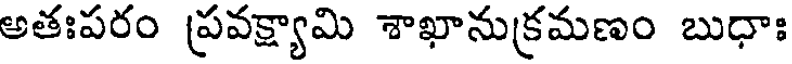
అతఃపరం ప్రవక్ష్యామి శాఖానుక్రమణం బుధాః